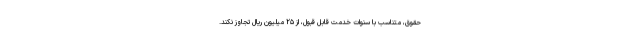
حقوق، متناسب با سنوات خدمت قابل قبول، از ۲۵ میلیون ریال تجاوز نکند.